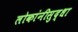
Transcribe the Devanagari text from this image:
लोकांनीसुद्धा